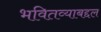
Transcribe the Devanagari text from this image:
भवितव्याबद्दल